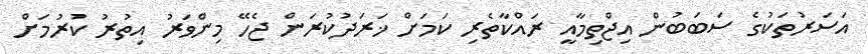
އަސަރުތަކުގެ ސަބަބުން އިޖްތިމާއީ ރައްކާތެރި ކަމަށް ޚަރަދުކުރަން ޖެހޭ މިންވަރު އިތުރު ކުރުމަށް